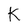
Character: K